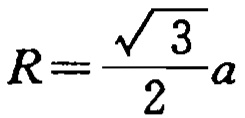
\(R=\frac{\sqrt{3}}{2}a\)